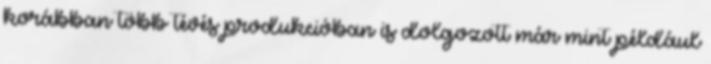
korábban több tévés produkcióban is dolgozott már mint például